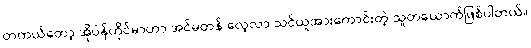
တကယ်တော့ အိုပဲန်ဟိုင်မာဟာ အင်မတန် လေ့လာ သင်ယူအားကောင်းတဲ့ သူတယောက်ဖြစ်ပါတယ်။